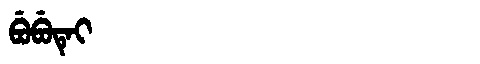
Manchu: ᠪᡠᠪᡠᡨᡝᡳ
Romanization: BUBUTEI